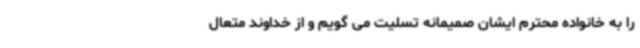
را به خانواده محترم ایشان صمیمانه تسلیت می گویم و از خداوند متعال